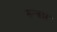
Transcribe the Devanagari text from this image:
सन्कार